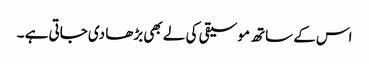
اس کے ساتھ موسیقی کی لے بھی بڑھا دی جاتی ہے ۔